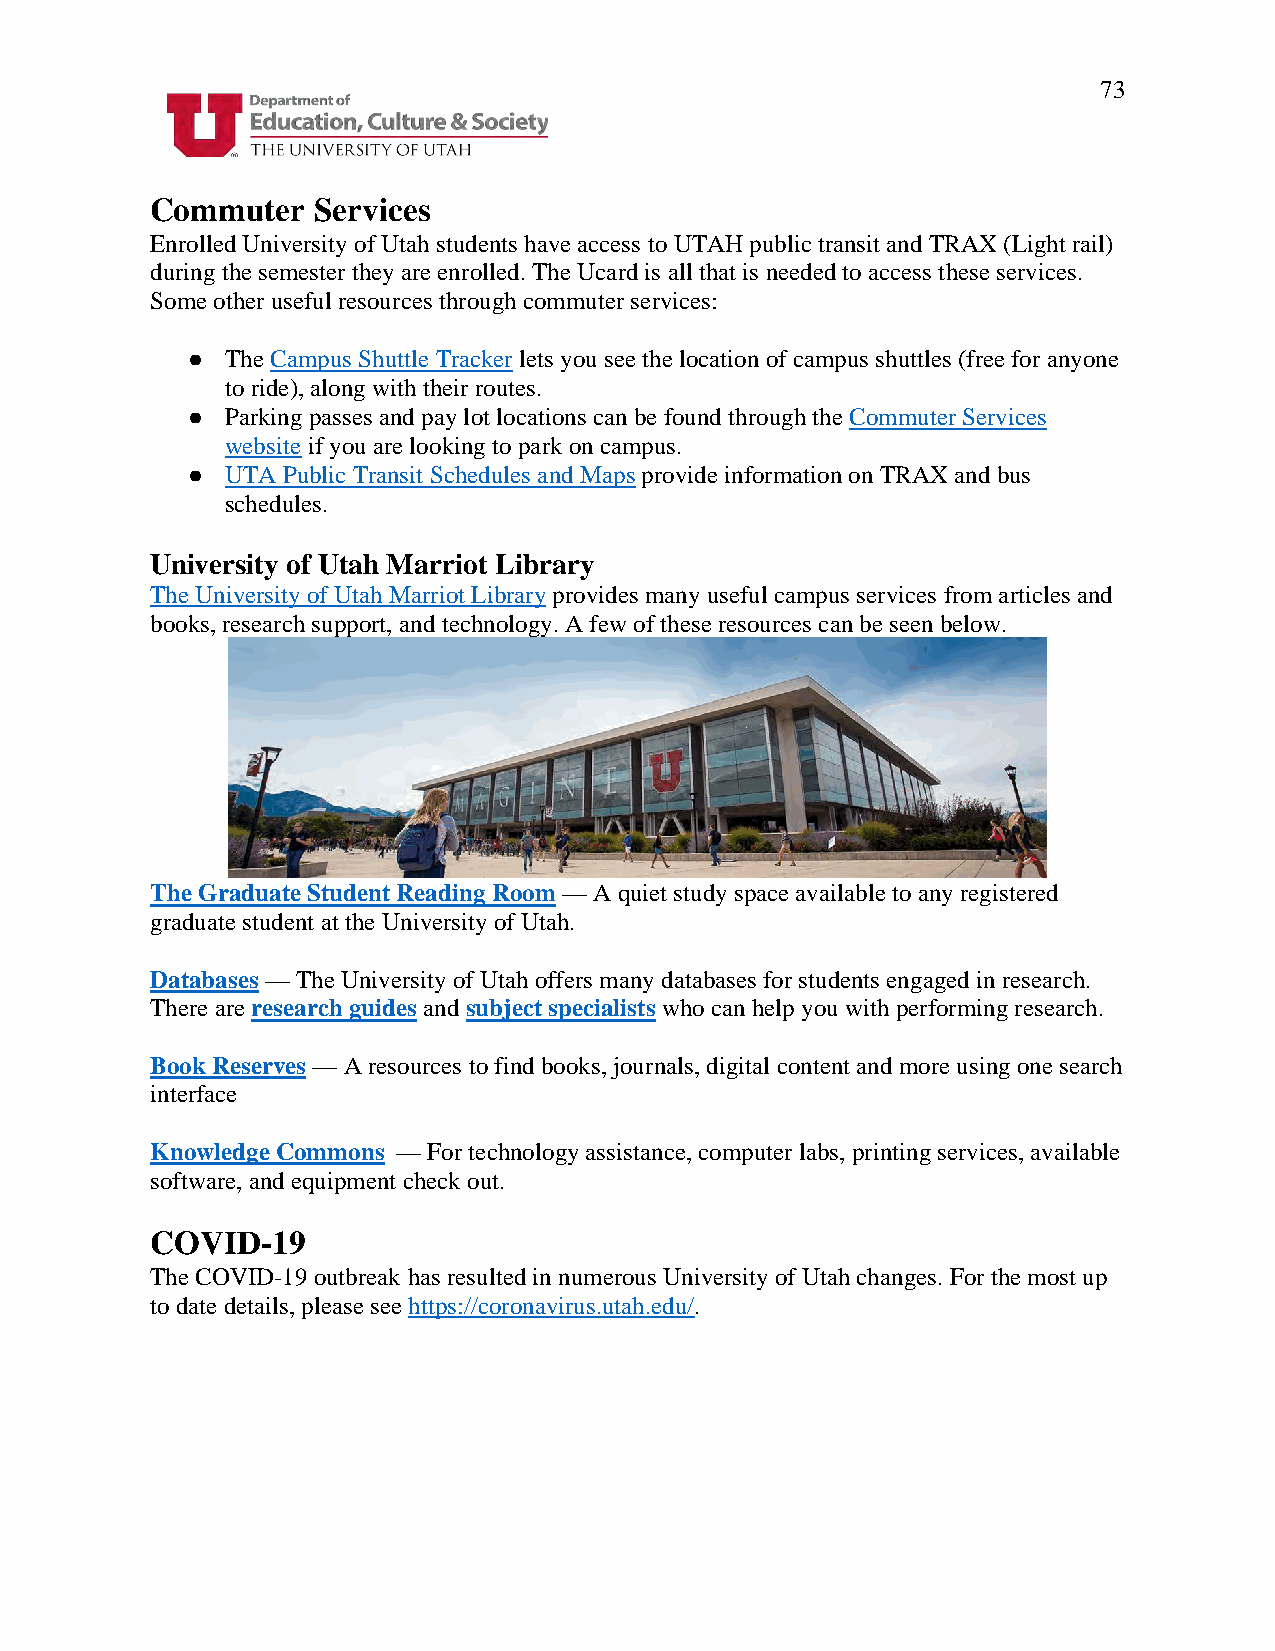
73
 Commuter   Services
 Enrolled University of Utah students have access to UTAH public transit and TRAX (Light rail)
 during the semester they are enrolled. The Ucard is all that is needed to access these services.
 Some other useful resources through commuter services:
 ●  The Campus Shuttle Tracker lets you see the location of campus shuttles (free for anyone
 to ride), along with their routes.
 ●  Parking passes and pay lot locations can be found through the Commuter Services
 website if you are looking to park on campus.
 ●  UTA Public Transit Schedules and Maps provide information on TRAX and bus
 schedules.
 University of Utah Marriot Library
 The University of Utah Marriot Library provides many useful campus services from articles and
 books, research support, and technology. A few of these resources can be seen below.
 The Graduate Student Reading Room — A quiet study space available to any registered
 graduate student at the University of Utah.
 Databases — The University of Utah offers many databases for students engaged in research.
 There are research guides and subject specialists who can help you with performing research.
 Book Reserves — A resources to find books, journals, digital content and more using one search
 interface
 Knowledge Commons — For technology assistance, computer labs, printing services, available
 software, and equipment check out.
 COVID-19
 The COVID-19 outbreak has resulted in numerous University of Utah changes. For the most up
 to date details, please see https://coronavirus.utah.edu/.